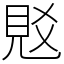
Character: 覐